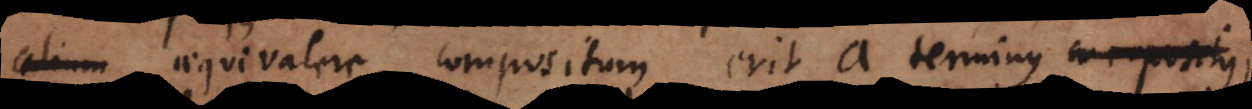
alium aequivalere compositum erit a terminus [derivativus],